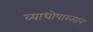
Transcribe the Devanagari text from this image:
व्याधोपाख्यान